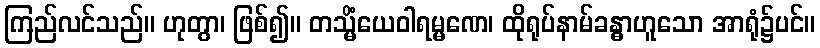
ကြည်လင်သည်။ ဟုတွာ၊ ဖြစ်၍။ တသ္မိံယေဝါရမ္မဏေ၊ ထိုရုပ်နာမ်ခန္ဓာဟူသော အာရုံ၌ပင်။